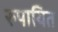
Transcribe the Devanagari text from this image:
रुपायित